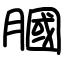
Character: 膕